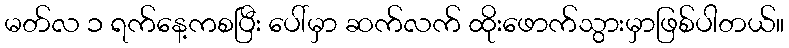
မတ်လ ၁ ရက်နေ့ကစပြီး ပေါ်မှာ ဆက်လက် ထိုးဖောက်သွားမှာဖြစ်ပါတယ်။